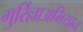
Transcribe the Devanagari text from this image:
गुर्रिल्लाअभियान